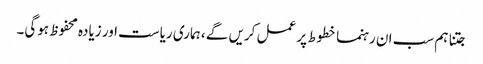
جتنا ہم سب ان رہنما خطوط پر عمل کریں گے ، ہماری ریاست اور زیادہ محفوظ ہوگی۔